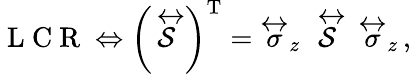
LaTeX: \mathrm{~L~C~R~}\Leftrightarrow\left(\stackrel{\leftrightarrow}{\mathcal{S}}\right)^{\mathrm{T}}=\stackrel{\leftrightarrow}{\sigma}_{z}\, \stackrel{\leftrightarrow}{\mathcal{S}}\, \stackrel{\leftrightarrow}{\sigma}_{z}\, ,